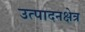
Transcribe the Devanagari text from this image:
उत्पादनक्षेत्र